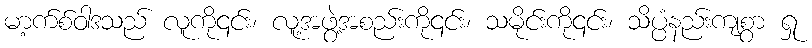
မာ့က်စ်ဝါဒသည် လူကို၎င်း၊ လူ့အဖွဲ့အစည်းကို၎င်း၊ သမိုင်းကို၎င်း၊ သိပ္ပံနည်းကျစွာ ရှု